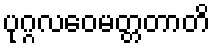
ပုဂ္ဂလဝေမတ္တတာတိ